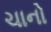
ચાનો